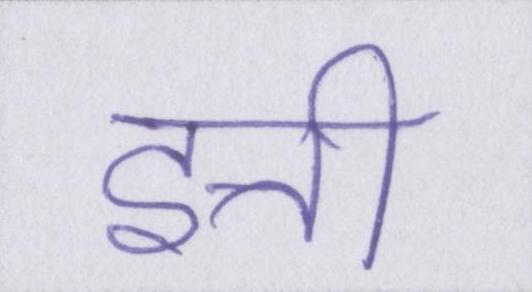
इत्ती